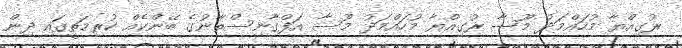
ރުގިއްޔާ މުހައްމަދު މޫސާ ރުގިއްޔާ މުހައްމަދު މޫސާ އަފްގާނިސްތާނުގެ ބޭންކެއް ކުރިމަތީގައި ދިން